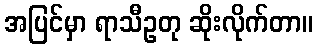
အပြင်မှာ ရာသီဥတု ဆိုးလိုက်တာ။